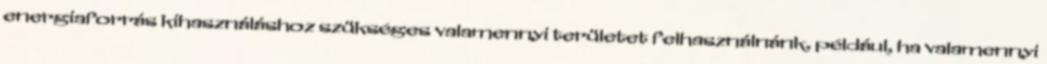
energiaforrás kihasználáshoz szükséges valamennyi területet felhasználnánk, például, ha valamennyi